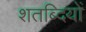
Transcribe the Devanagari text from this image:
शतब्दियों